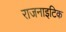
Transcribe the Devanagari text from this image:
राजनाइटिक